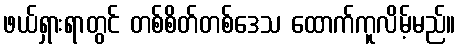
ဖယ်ရှားရာတွင် တစ်စိတ်တစ်ဒေသ ထောက်ကူလိမ့်မည်။